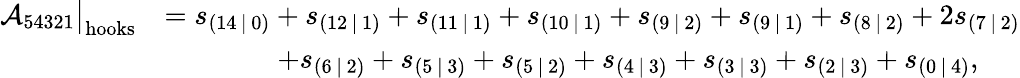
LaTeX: \begin{array}{rl}{\mathcal{A}_{54321}\big|_{\mathrm{hooks}}}&{=s_{(14\, |\, 0)}+s_{(12\, |\, 1)}+s_{(11\, |\, 1)}+s_{(10\, |\, 1)}+s_{(9\, |\, 2)}+s_{(9\, |\, 1)}+s_{(8\, |\, 2)}+2s_{(7\, |\, 2)}}\\ &{\qquad\qquad+s_{(6\, |\, 2)}+s_{(5\, |\, 3)}+s_{(5\, |\, 2)}+s_{(4\, |\, 3)}+s_{(3\, |\, 3)}+s_{(2\, |\, 3)}+s_{(0\, |\, 4)},}\end{array}